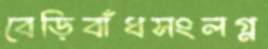
বেড়িবাঁধসংলগ্ন